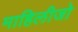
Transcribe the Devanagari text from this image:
माहिलीजो